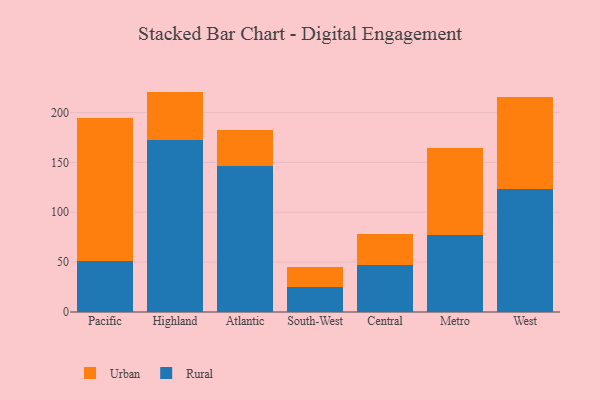
{"axis": {"x": "Region", "y": "Waste Production (Tons)"}, "legend": ["Rural", "Urban"], "data": [{"x": "Pacific", "y": 51.2, "type": "Rural"}, {"x": "Pacific", "y": 142.9, "type": "Urban"}, {"x": "Highland", "y": 172.8, "type": "Rural"}, {"x": "Highland", "y": 48.2, "type": "Urban"}, {"x": "Atlantic", "y": 146.1, "type": "Rural"}, {"x": "Atlantic", "y": 36.2, "type": "Urban"}, {"x": "South-West", "y": 24.9, "type": "Rural"}, {"x": "South-West", "y": 20.2, "type": "Urban"}, {"x": "Central", "y": 47.1, "type": "Rural"}, {"x": "Central", "y": 31.2, "type": "Urban"}, {"x": "Metro", "y": 77.6, "type": "Rural"}, {"x": "Metro", "y": 87.1, "type": "Urban"}, {"x": "West", "y": 123.5, "type": "Rural"}, {"x": "West", "y": 91.7, "type": "Urban"}]}